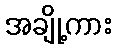
အချို့ကား